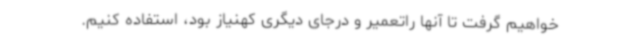
خواهیم گرفت تا آنها راتعمیر و درجای دیگری کهنیاز بود، استفاده کنیم.